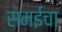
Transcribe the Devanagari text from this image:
समईचा